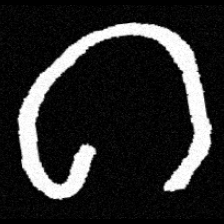
Pyu character \u2014 Myanmar letter: ဂ (romanized: ga)